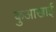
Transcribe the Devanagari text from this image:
कुआखाई